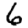
Digit: 6